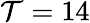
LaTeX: \mathcal{T}=14